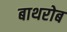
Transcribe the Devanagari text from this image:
बाथरोब